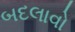
બદલાવો